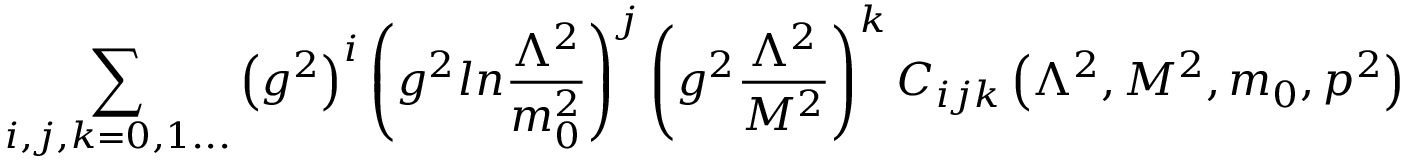
\sum _ { i , j , k = 0 , 1 . . . } \left( g ^ { 2 } \right) ^ { i } \left( g ^ { 2 } l n { \frac { \Lambda ^ { 2 } } { m _ { 0 } ^ { 2 } } } \right) ^ { j } \left( g ^ { 2 } { \frac { \Lambda ^ { 2 } } { M ^ { 2 } } } \right) ^ { k } C _ { i j k } \left( \Lambda ^ { 2 } , M ^ { 2 } , m _ { 0 } , p ^ { 2 } \right)